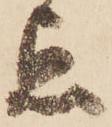
点